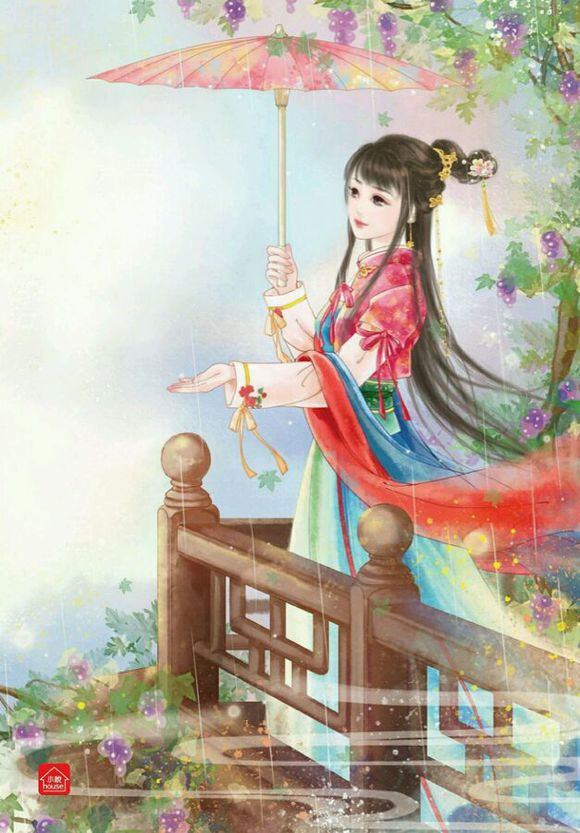
绕遍回廊还独坐。月笼云暗重门锁。